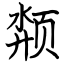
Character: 颒